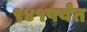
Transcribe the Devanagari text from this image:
९४१पर्यंत